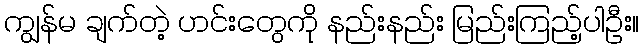
ကျွန်မ ချက်တဲ့ ဟင်းတွေကို နည်းနည်း မြည်းကြည့်ပါဦး။